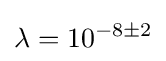
\lambda =10^{-8\pm 2}